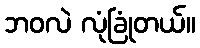
ဘဝလဲ လုံခြုံတယ်။